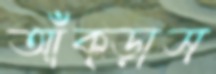
আঁক্‌ড়াস